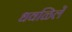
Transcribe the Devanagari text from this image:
धवळिलें